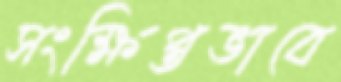
সংক্ষিপ্তভাবে